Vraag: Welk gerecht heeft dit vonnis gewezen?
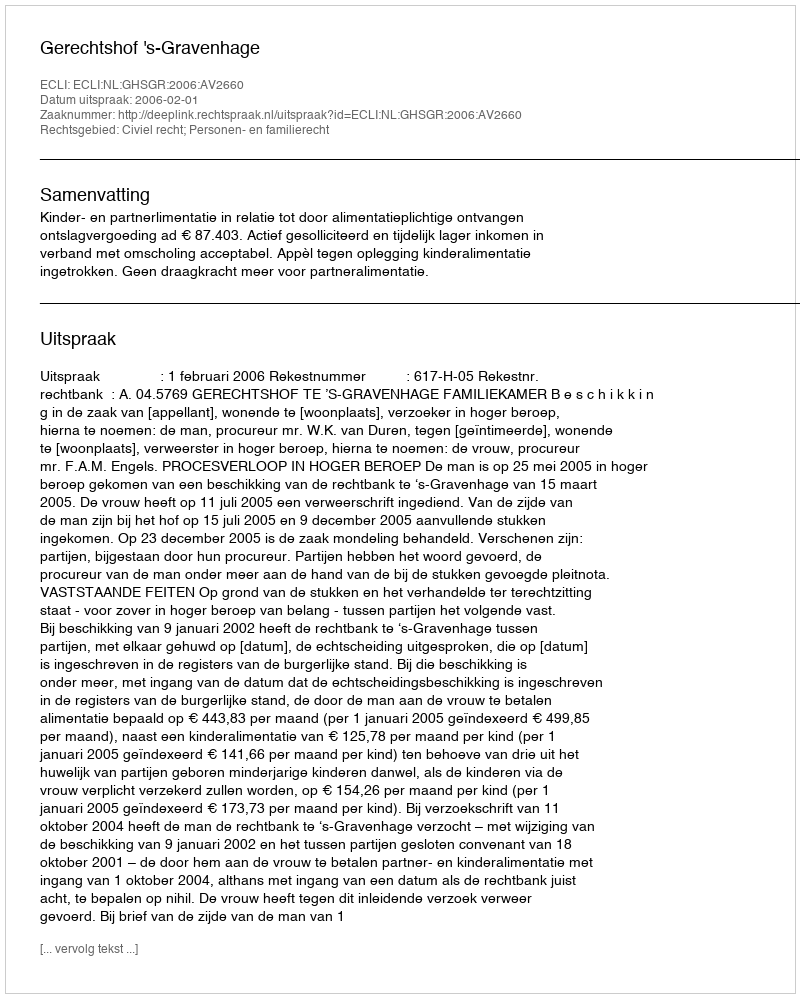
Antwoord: Gerechtshof 's-Gravenhage